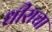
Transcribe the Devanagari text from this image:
धीराचा